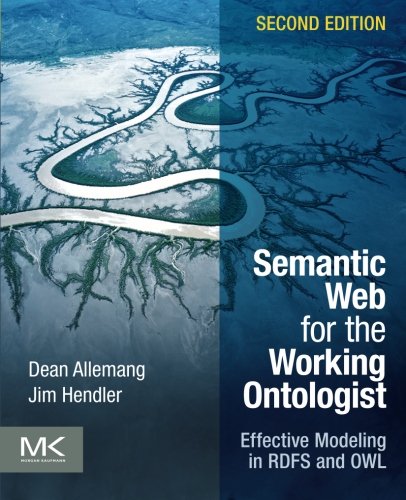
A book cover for Semantic Web for the Working Ontologist, Second Edition: Effective Modeling in RDFS and OWL; Dean Allemang; Computers & Technology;